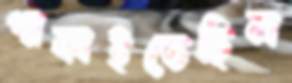
পাকাইতেছিল